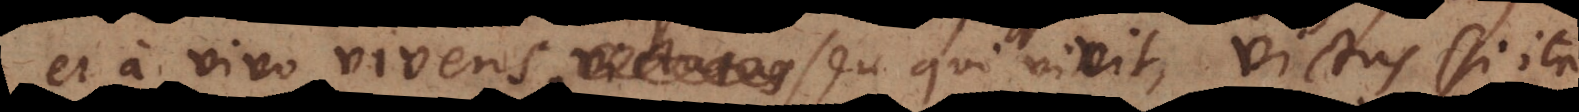
et a vivo vivens, seu qui vivit, victus (si ita